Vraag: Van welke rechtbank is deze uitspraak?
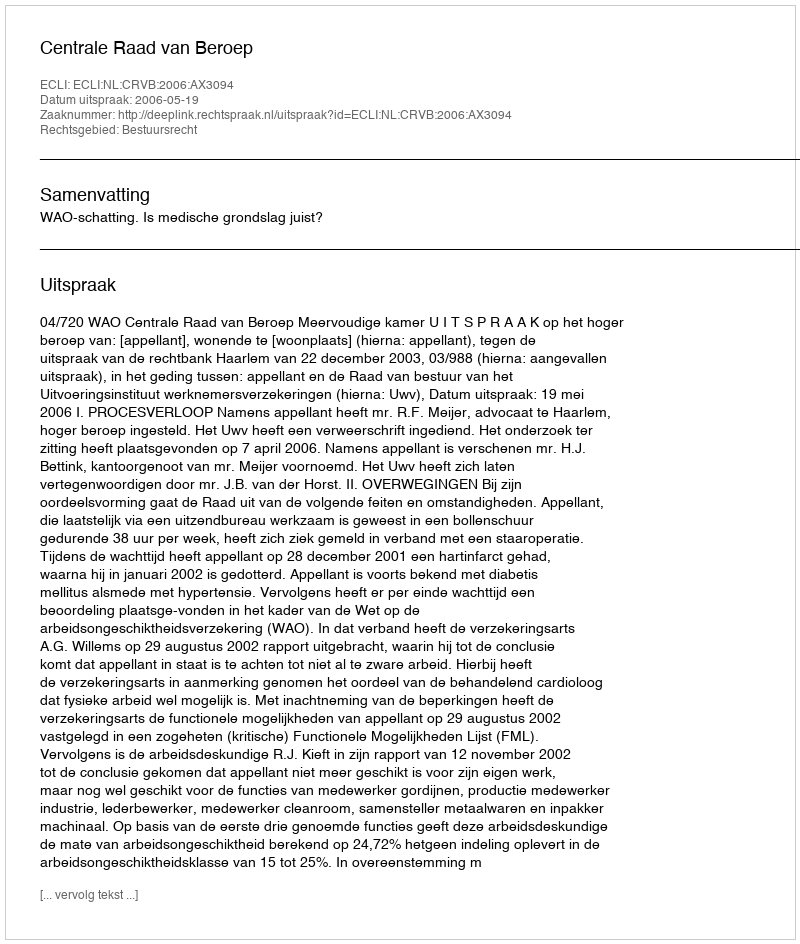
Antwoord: Centrale Raad van Beroep